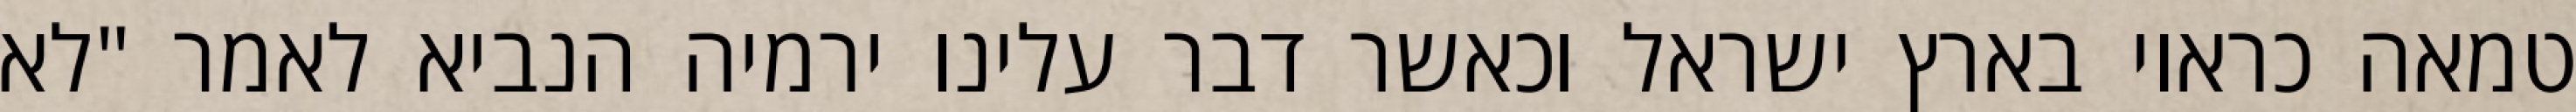
טמאה כראוי בארץ ישראל וכאשר דבר עלינו ירמיה הנביא לאמר "לא